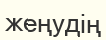
жеңудің